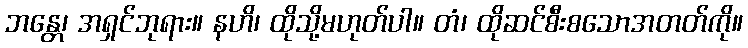
ဘန္တေ၊ အရှင်ဘုရား။ နဟိ၊ ထိုသို့မဟုတ်ပါ။ တံ၊ ထိုဆင်စီးစသောအတတ်ကို။